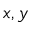
x , y